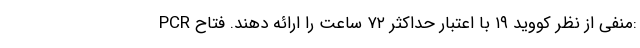
PCR منفی از نظر کووید ۱۹ با اعتبار حداکثر ۷۲ ساعت را ارائه دهند. فتاح: